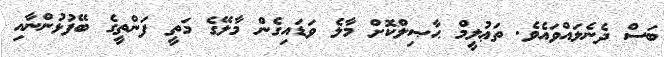
ބަސް ދެނެލައްވައެވެ. ތަޢުލީމް ޙާޞިލްކޮށް މާލެ ވަޑައިގެން މާލޭގެ މަތީ ފަންތީގެ ބޭފުޅުންނާއި